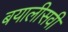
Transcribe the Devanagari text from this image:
बयालीसवीं